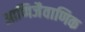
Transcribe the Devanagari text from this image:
आणिजैवाणिक